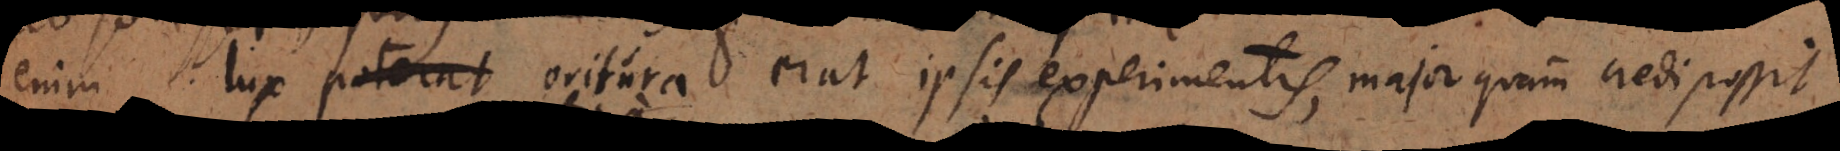
enim lux poterat oritura erat ipsis experimentis, major quam credi possit